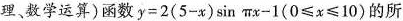
理、数学运算)函数$$y=2(5-x)\sin\pi x-1(0\leq x\leq 10)$$的所